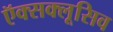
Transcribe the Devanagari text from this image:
ऍक्सक्लूसिव